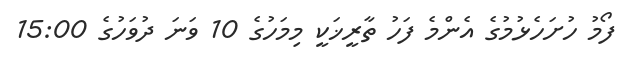
ފޯމު ހުށަހެޅުމުގެ އެންމެ ފަހު ތާރީޚަކީ މިމަހުގެ 10 ވަނަ ދުވަހުގެ 15:00